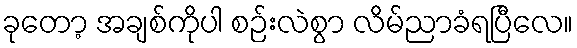
ခုတော့ အချစ်ကိုပါ စဉ်းလဲစွာ လိမ်ညာခံရပြီလေ။